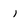
Character: i